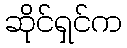
ဆိုင်ရှင်က